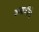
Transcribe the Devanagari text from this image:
अंबाजीचे